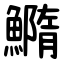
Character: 䲊